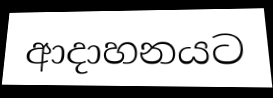
ආදාහනයට